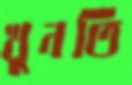
খুনতি